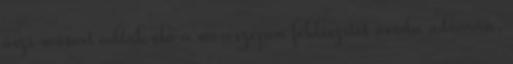
őszi műsort adtak elő a meseszépen feldíszítet óvoda udvarán,